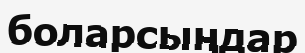
боларсыңдар